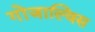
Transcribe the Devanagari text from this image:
गोंजाल्विस